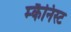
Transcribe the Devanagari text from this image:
म्कैनिस्ट